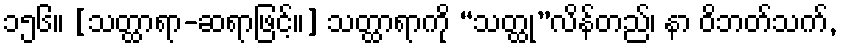
၁၅၆။ [သတ္ထာရာ-ဆရာဖြင့်။] သတ္ထာရာကို “သတ္ထု”လိန်တည်၊ နာ ဝိဘတ်သက်,